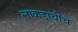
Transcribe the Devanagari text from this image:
लाकडाचीच